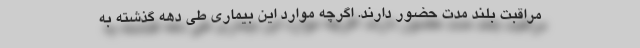
مراقبت بلند مدت حضور دارند. اگرچه موارد این بیماری طی دهه گذشته به